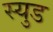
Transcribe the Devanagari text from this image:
स्युड